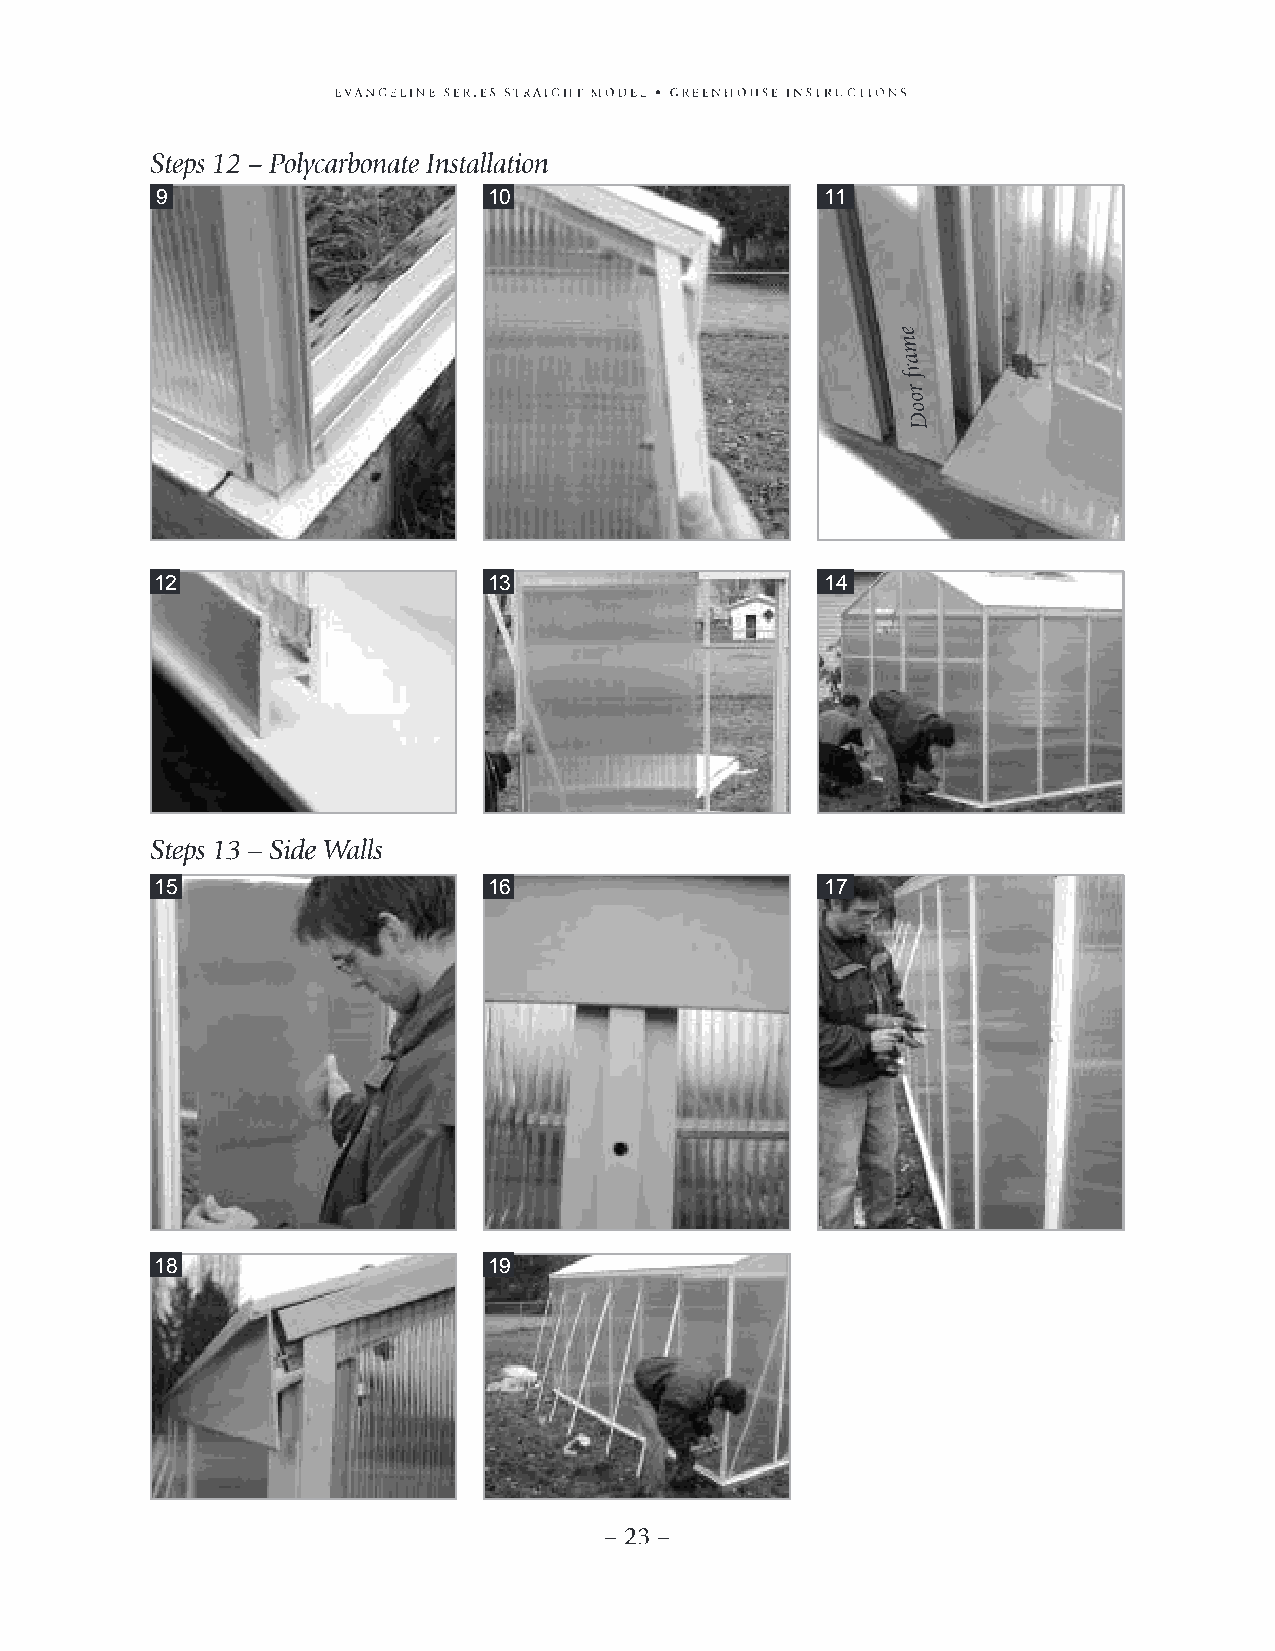
9                     10                     11
 12                    13                     14
 15                    16                     17
 18                    19